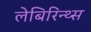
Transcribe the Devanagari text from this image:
लेबिरिन्थ्स